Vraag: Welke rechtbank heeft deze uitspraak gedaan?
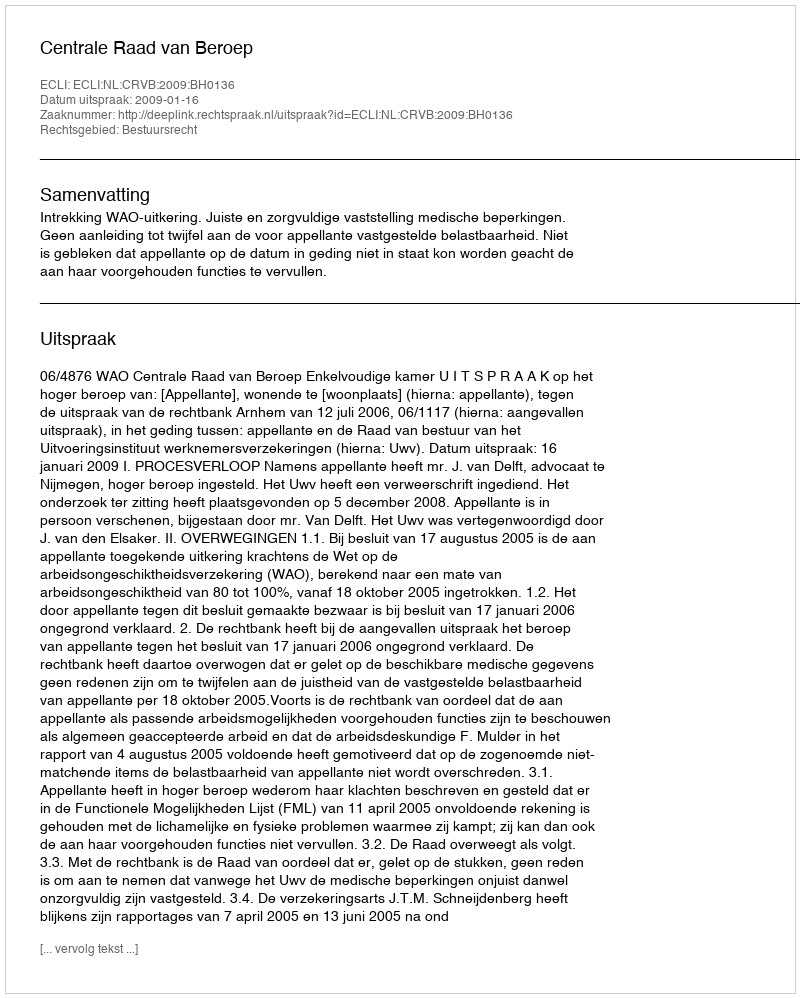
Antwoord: Centrale Raad van Beroep